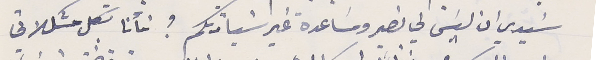
سَيدي ان ليسَ لي نصير ومسَاعدة غير سَيادتكم ؟ فأنا بكل مشكلاتي